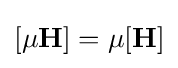
[\mu \mathbf {H} ]=\mu [\mathbf {H} ]